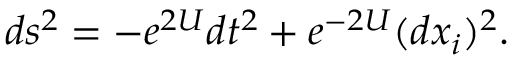
d s ^ { 2 } = - e ^ { 2 U } d t ^ { 2 } + e ^ { - 2 U } ( d x _ { i } ) ^ { 2 } .